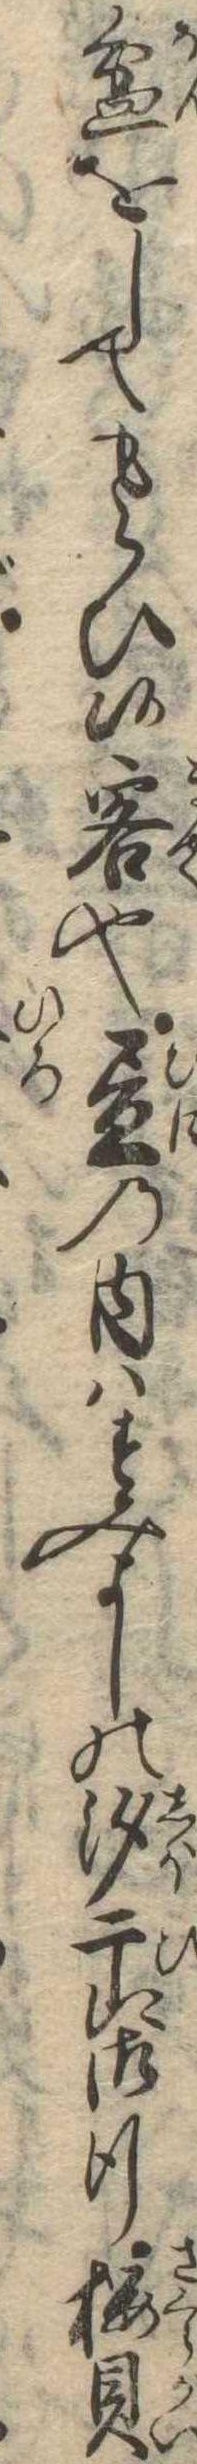
盆をしてもらひ候客也昼の内はすみよしの汐干に御行桜貝